Scottish Leaving Certificate Examination, 1956
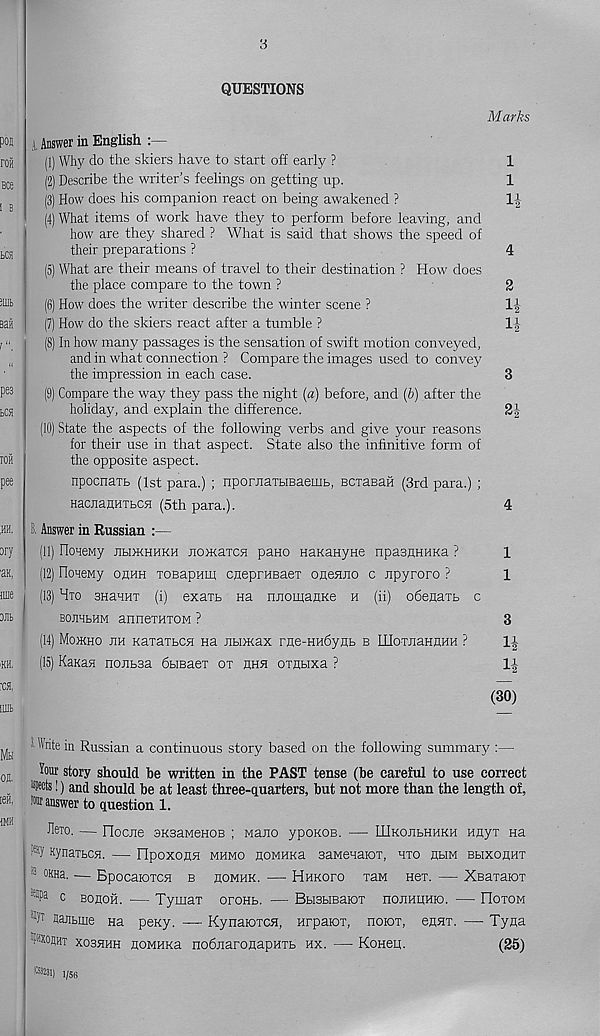
3
QUESTIONS
i , Answer in English
(1) Why do the skiers have to start off early ?
(2) Describe the writer’s feelings on getting up.
(3) How does his companion react on being awakened ?
(4) What items of work have they to perform before leaving, and
how are they shared ? What is said that shows the speed of
their preparations ?
(5) What are their means of travel to their destination ? How does
the place compare to the town ?
(6) How does the writer describe the winter scene ?
(7) How do the skiers react after a tumble ?
(8) In how many passages is the sensation of swift motion conveyed,
and in what connection ? Compare the images used to convey
the impression in each case.
(9) Compare the way they pass the night (a) before, and (&) after the
holiday, and explain the difference.
(10) State the aspects of the following verbs and give your reasons
for their use in that aspect. State also the infinitive form of
the opposite aspect.
npocnaTt, (1st para.) ; npomaTbiBaemb, BCiaBafi (3rd para.) ;
HacjiaflHTbCfl (5th para.).
Answer in Russian :—
(11) OoHeMy jibdkhhkh noKaTCtf pane HaKaHyne npasflHHKa ?
(12) OoHeMy ohhh TOBapHin cneprHBaex oneano c npyroro ?
(13) Hto snaHHx (i) exaxb na nnomanKe h (ii) odenaxb c
bojmbhm annexHxoM ?
(14) Mojkho jih KaxaxbCH na nbimax rne-Hudynb b IIIoxnaHnHH ?
(15) KaKaa nonbsa dbmaex ox hhh oxnbixa ?
Marks
1
1
It
It
li-
lt
It
(30)
> ■ Write in Russian a continuous story based on the following summary :—
Your story should be written in the PAST tense (be careful to use correct
•ds!) and should be at least three-quarters, but not more than the length of,
answer to question 1.
JleTo. — Flocjie SKBaMenoB ; Mano ypoKOB. — IHkojibhhkh mryx Ha
F' Ky KynaxbCH. — Flpoxonsi mhmo noMHKa saMenaiox, hxo abim BbixonHx
:3 0KHa ' — Bpocaioxcsj b homhk. — Hkhofo xaM Hex. — Xsaxaiox
33 c bohoh. — Tymax oroHb. — Bbisbreaiox hojihhhio. — FIoxom
Wt flajibiue Ha pexy. — Kynaioxcn, Hrpaiox, noiox, eanx. — Tyna
xoshhh noMHKa nodnaroHapHXb hx. — Koneq.
(25)
(G3231) i; 5fi